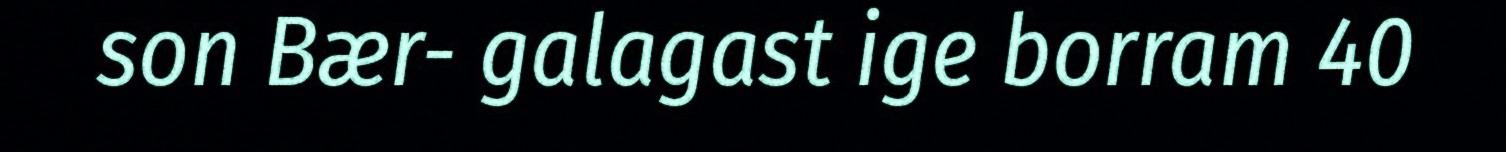
son Bær- galagast ige borram 40